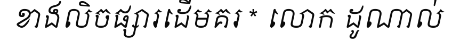
ខាងលិចផ្សារដើមគរ * លោក ដូណាល់